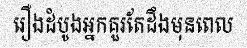
រឿងដំបូងអ្នកគួរតែដឹងមុនពេល